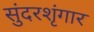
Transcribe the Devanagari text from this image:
सुंदरशृंगार